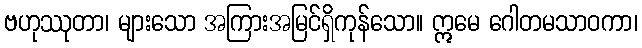
ဗဟုဿုတာ၊ များသော အကြားအမြင်ရှိကုန်သော။ ဣမေ ဂေါတမသာဝကာ၊